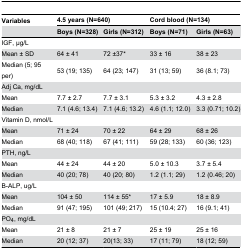
| Variables | <COLSPAN=2> 4.5 years (N=640) | <COLSPAN=2> Cord blood (N=134) |
 |  | Boys (N=328) | Girls (N=312) | Boys (N=71) | Girls (N=63) |
 | --- | --- | --- | --- | --- |
 | <COLSPAN=5> IGF, μg/L |
 | Mean ± SD | 64 ± 41 | 72 ±37* | 33 ± 16 | 38 ± 23 |
 | Median (5; 95 per) | 53 (19; 135) | 64 (23; 147) | 31 (13; 59) | 36 (8.1; 73) |
 | <COLSPAN=5> Adj Ca, mg/dL |
 | Mean | 7.7 ± 2.7 | 7.7 ± 3.1 | 5.3 ± 3.2 | 4.3 ± 2.8 |
 | Median | 7.1 (4.6; 13.4) | 7.1 (4.6; 13.2) | 4.6 (1.1; 12.0) | 3.3 (0.71; 10.2) |
 | <COLSPAN=5> Vitamin D, nmol/L |
 | Mean | 71 ± 24 | 70 ± 22 | 64 ± 29 | 68 ± 26 |
 | Median | 68 (40; 118) | 67 (41; 111) | 59 (28; 133) | 60 (36; 123) |
 | <COLSPAN=5> PTH, ng/L |
 | Mean | 44 ± 24 | 44 ± 20 | 5.0 ± 10.3 | 3.7 ± 5.4 |
 | Median | 40 (20; 78) | 40 (20; 80) | 1.2 (1.1; 29) | 1.2 (0.46; 20) |
 | <COLSPAN=5> B-ALP, ug/L |
 | Mean | 104 ± 50 | 114 ± 55* | 17 ± 5.9 | 18 ± 8.9 |
 | Median | 91 (47; 195) | 101 (49; 217) | 15 (10.4; 27) | 16 (9.1; 41) |
 | <COLSPAN=5> PO4, mg/dL |
 | Mean | 21 ± 8 | 21 ± 7 | 25 ± 19 | 25 ± 16 |
 | Median | 20 (12; 37) | 20(13; 33) | 17 (11; 79) | 18 (12; 59) |